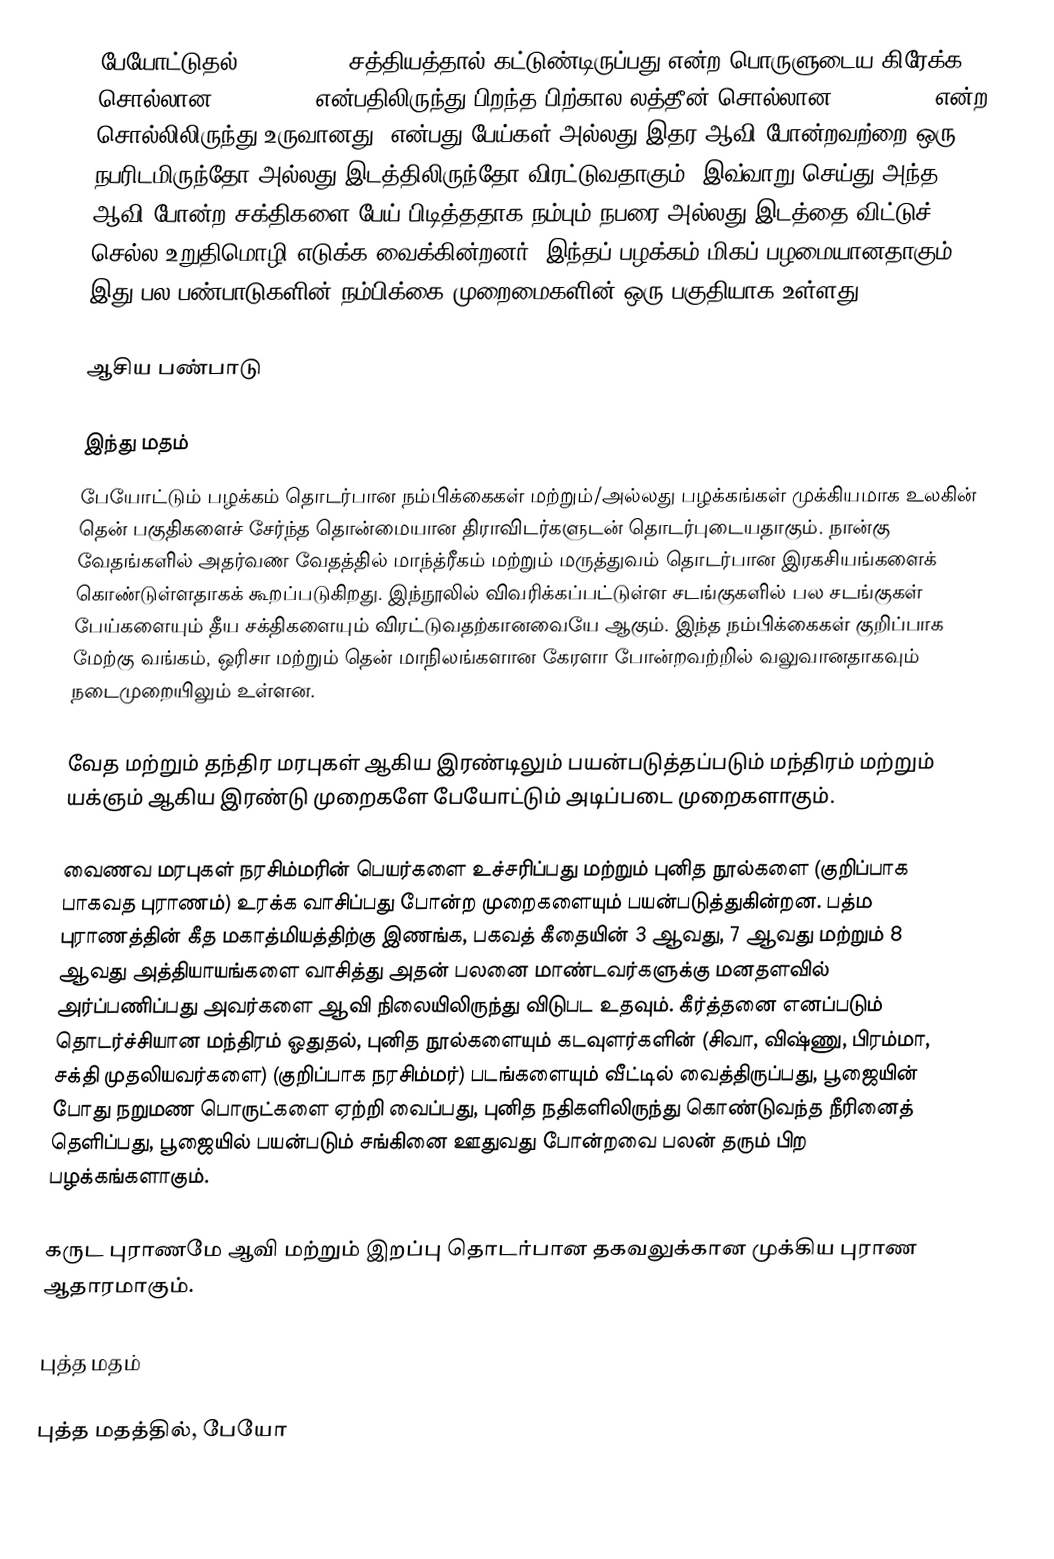
பேயோட்டுதல் (Exorcism) (சத்தியத்தால் கட்டுண்டிருப்பது என்ற பொருளுடைய கிரேக்க சொல்லான exorkizein என்பதிலிருந்து பிறந்த பிற்கால லத்தீன் சொல்லான exorcismus என்ற சொல்லிலிருந்து உருவானது) என்பது பேய்கள் அல்லது இதர ஆவி போன்றவற்றை ஒரு நபரிடமிருந்தோ அல்லது இடத்திலிருந்தோ விரட்டுவதாகும். இவ்வாறு செய்து அந்த ஆவி போன்ற சக்திகளை பேய் பிடித்ததாக நம்பும் நபரை அல்லது இடத்தை விட்டுச் செல்ல உறுதிமொழி எடுக்க வைக்கின்றனர். இந்தப் பழக்கம் மிகப் பழமையானதாகும். இது பல பண்பாடுகளின் நம்பிக்கை முறைமைகளின் ஒரு பகுதியாக உள்ளது.

ஆசிய பண்பாடு

இந்து மதம்
பேயோட்டும் பழக்கம் தொடர்பான நம்பிக்கைகள் மற்றும்/அல்லது பழக்கங்கள் முக்கியமாக உலகின் தென் பகுதிகளைச் சேர்ந்த தொன்மையான திராவிடர்களுடன் தொடர்புடையதாகும். நான்கு வேதங்களில் அதர்வண வேதத்தில் மாந்த்ரீகம் மற்றும் மருத்துவம் தொடர்பான இரகசியங்களைக் கொண்டுள்ளதாகக் கூறப்படுகிறது. இந்நூலில் விவரிக்கப்பட்டுள்ள சடங்குகளில் பல சடங்குகள் பேய்களையும் தீய சக்திகளையும் விரட்டுவதற்கானவையே ஆகும். இந்த நம்பிக்கைகள் குறிப்பாக மேற்கு வங்கம், ஒரிசா மற்றும் தென் மாநிலங்களான கேரளா போன்றவற்றில் வலுவானதாகவும் நடைமுறையிலும் உள்ளன.

வேத மற்றும் தந்திர மரபுகள் ஆகிய இரண்டிலும் பயன்படுத்தப்படும் மந்திரம் மற்றும் யக்ஞம் ஆகிய இரண்டு முறைகளே பேயோட்டும் அடிப்படை முறைகளாகும்.

வைணவ மரபுகள் நரசிம்மரின் பெயர்களை உச்சரிப்பது மற்றும் புனித நூல்களை (குறிப்பாக பாகவத புராணம்) உரக்க வாசிப்பது போன்ற முறைகளையும் பயன்படுத்துகின்றன. பத்ம புராணத்தின் கீத மகாத்மியத்திற்கு இணங்க, பகவத் கீதையின் 3 ஆவது, 7 ஆவது மற்றும் 8 ஆவது அத்தியாயங்களை வாசித்து அதன் பலனை மாண்டவர்களுக்கு மனதளவில் அர்ப்பணிப்பது அவர்களை ஆவி நிலையிலிருந்து விடுபட உதவும். கீர்த்தனை எனப்படும் தொடர்ச்சியான மந்திரம் ஓதுதல், புனித நூல்களையும் கடவுளர்களின் (சிவா, விஷ்ணு, பிரம்மா, சக்தி முதலியவர்களை) (குறிப்பாக நரசிம்மர்) படங்களையும் வீட்டில் வைத்திருப்பது, பூஜையின் போது நறுமண பொருட்களை ஏற்றி வைப்பது, புனித நதிகளிலிருந்து கொண்டுவந்த நீரினைத் தெளிப்பது, பூஜையில் பயன்படும் சங்கினை ஊதுவது போன்றவை பலன் தரும் பிற பழக்கங்களாகும்.

கருட புராணமே ஆவி மற்றும் இறப்பு தொடர்பான தகவலுக்கான முக்கிய புராண ஆதாரமாகும்.

புத்த மதம்

புத்த மதத்தில், பேயோ